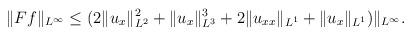
LaTeX: \begin{align*}\begin{aligned}\|Ff\|_{L^\infty} \leq (2\|u_{x}\|^2_{L^2}+\|u_x\|^3_{L^3}+2\|u_{xx}\|_{L^1}+\|u_{x}\|_{L^1})\|_{L^{\infty}}.\end{aligned}\end{align*}